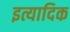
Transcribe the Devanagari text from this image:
इत्यादिक